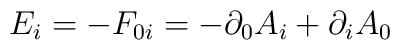
{E_i}=-F_{0i} = -\partial_0A_i + \partial_iA_0